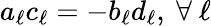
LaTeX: a_{\ell}c_{\ell}=-b_{\ell}d_{\ell},~\forall~\ell